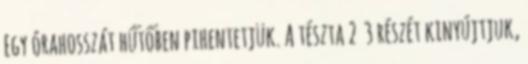
Egy órahosszát hűtőben pihentetjük. A tészta 2 3 részét kinyújtjuk,